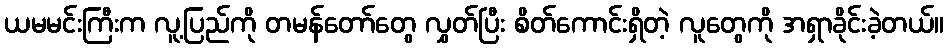
ယမမင်းကြီးက လူ့ပြည်ကို တမန်တော်တွေ လွှတ်ပြီး စိတ်ကောင်းရှိတဲ့ လူတွေကို အရှာခိုင်းခဲ့တယ်။